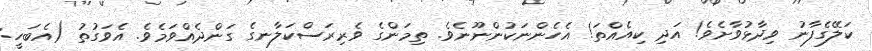
ކަލޭގެފާނު ވިދާޅުވާށެވެ! އަދި ކިއެއްތަ! އެހެންނަކުންނޫނެވެ. ތިމަންގެ ވެރިރަސްކަލާނގެ ގަންދެއްވަމެވެ. އެވަގުތު (އެބަހީ: